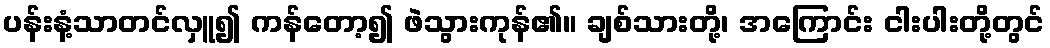
ပန်းနံ့သာတင်လှူ၍ ကန်တော့၍ ဖဲသွားကုန်၏။ ချစ်သားတို့၊ အကြောင်း ငါးပါးတို့တွင်